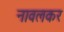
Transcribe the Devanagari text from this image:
नावलकर